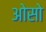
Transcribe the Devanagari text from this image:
ओसो